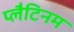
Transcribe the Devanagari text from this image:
प्‍लैटिनम